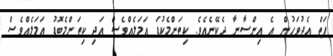
ފަތް އެދުވަހުން އެ އިންސާނާ ދެކޭނެއެވެ. ކިތަންމެކުޑަ ޢަމަލެއްވެސް އަދި ކިތަންމެބޮޑު ޢަމަލެއްވެސް